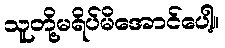
သူတို့မရိပ်မိအောင်ပေါ့။